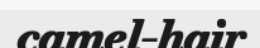
camel-hair